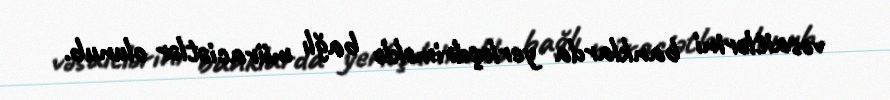
vəsaitlərini banklarda yerləşdriməklə bağlı müraciətlər olunub.